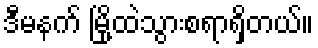
ဒီမနက် မြို့ထဲသွားစရာရှိတယ်။